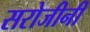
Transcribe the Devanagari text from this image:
सरोजीनी